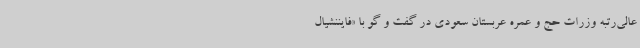
عالی‌رتبه وزرات حج و عمره عربستان سعودی در گفت و گو با «فایننشیال